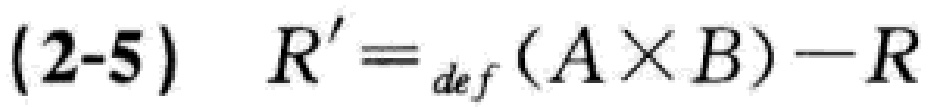
\((2 - 5)\quad R'=_{def}(A\times B)-R\)